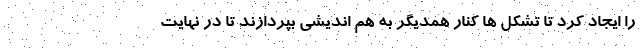
را ایجاد کرد تا تشکل ها کنار همدیگر به هم اندیشی بپردازند تا در نهایت